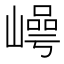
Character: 𡼑